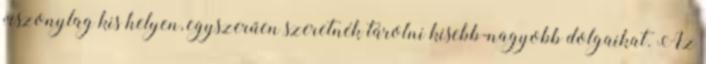
viszonylag kis helyen, egyszerűen szeretnék tárolni kisebb-nagyobb dolgaikat. Az